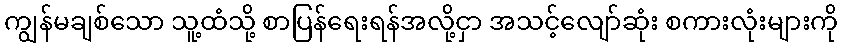
ကျွန်မချစ်သော သူ့ထံသို့ စာပြန်ရေးရန်အလို့ငှာ အသင့်လျော်ဆုံး စကားလုံးများကို